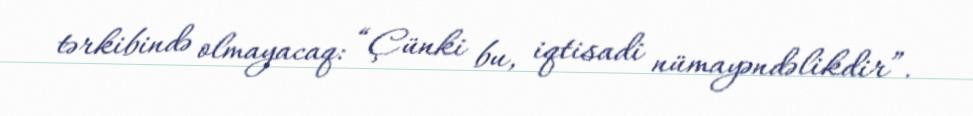
tərkibində olmayacaq: “Çünki bu, iqtisadi nümayəndəlikdir”.